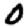
Digit: 0